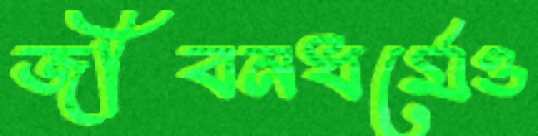
জীবনধর্মেও